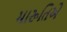
મારૂતિએ